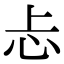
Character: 忐